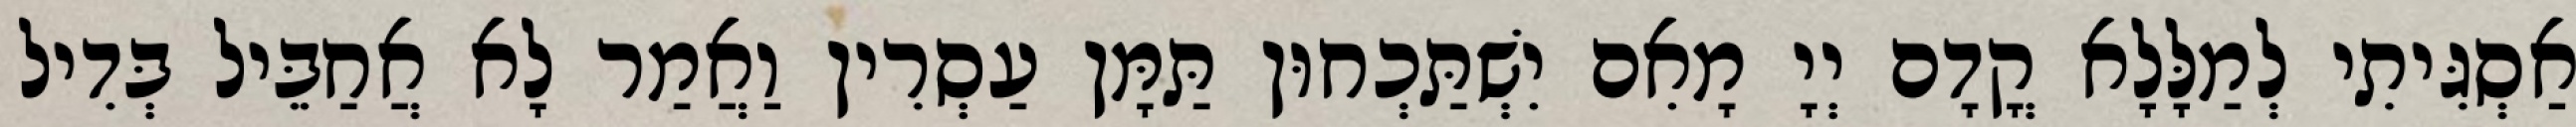
אַסְגִּיתִי לְמַלָּלָא קֳדָם יְיָ מָאִם יִשְׁתַּכְחוּן תַּמָּן עַסְרִין וַאֲמַר לָא אֲחַבֵּיל בְּדִיל